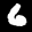
Label: 6